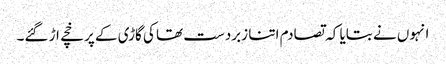
انہوں نے بتایا کہ تصادم اتنا زبردست تھا کی گاڑی کے پرخچے اڑ گئے۔